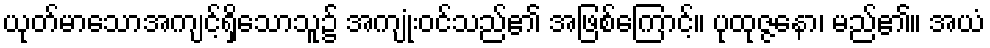
ယုတ်မာသောအကျင့်ရှိသောသူ၌ အကျုံးဝင်သည်၏ အဖြစ်ကြောင့်။ ပုထုဇ္ဇနော၊ မည်၏။ အယံ